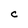
Character: c